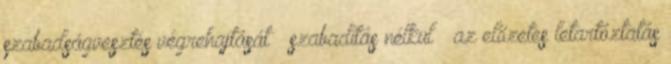
szabadságvesztés végrehajtását – szabadítás nélkül – az előzetes letartóztatás